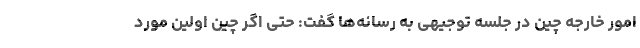
امور خارجه چین در جلسه توجیهی به رسانه‌ها گفت: حتی اگر چین اولین مورد